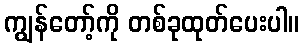
ကျွန်တော့်ကို တစ်ခုထုတ်ပေးပါ။